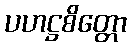
ပဟဋ္ဌစိတ္တော